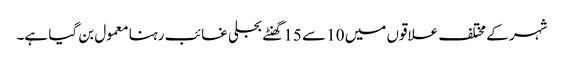
شہر کے مختلف علاقوں میں 10 سے 15 گھنٹے بجلی غائب رہنا معمول بن گیا ہے۔